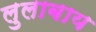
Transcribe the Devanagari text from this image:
लुलाबाय